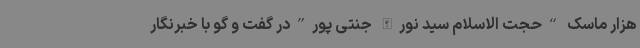
هزار ماسک “حجت الاسلام سید نورالله جنتی پور”در گفت و گو با خبرنگار